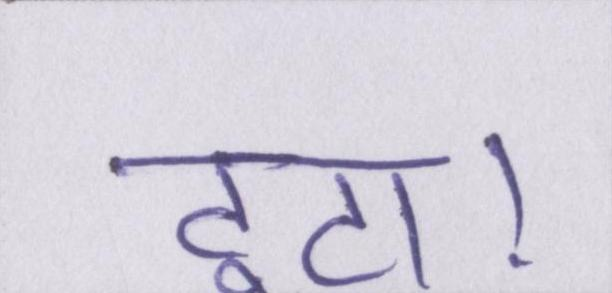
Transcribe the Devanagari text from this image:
टूटा।